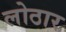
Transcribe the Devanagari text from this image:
लोठार